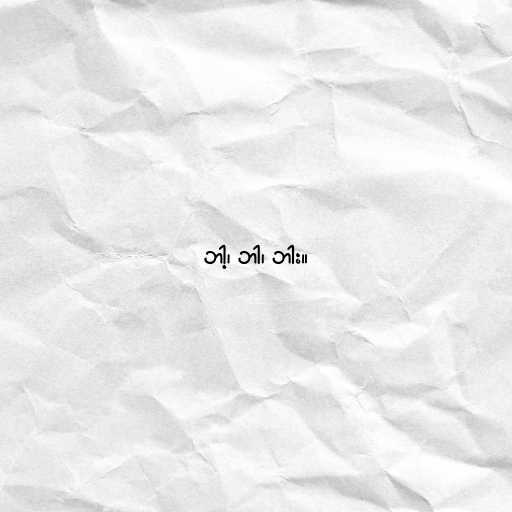
ဘါ့၊ ဘါ၊ ဘါး။